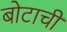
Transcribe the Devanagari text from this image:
बोटाची